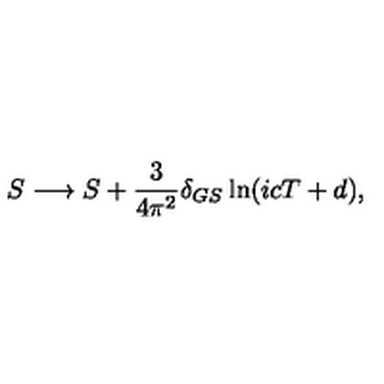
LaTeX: S \longrightarrow S + \frac { 3 } { 4 \pi ^ { 2 } } \delta _ { G S } \ln ( i c T + d ) , \